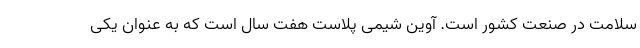
سلامت در صنعت کشور است. آوین شیمی پلاست هفت سال است که به عنوان یکی